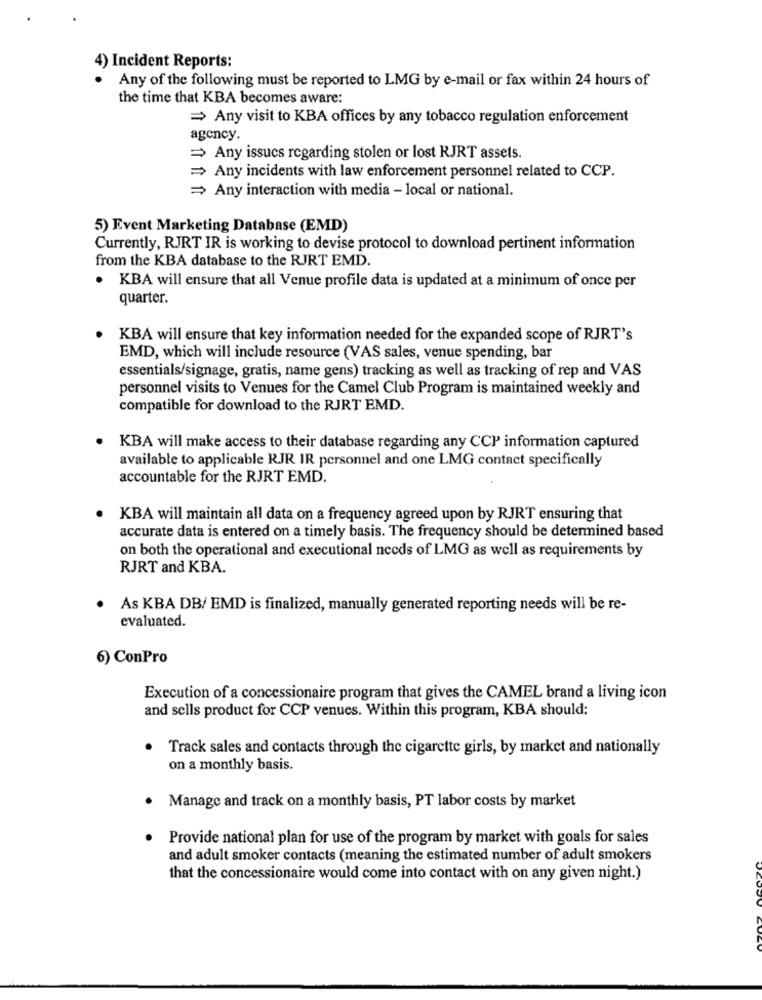
4) Incident Reports:
Any of the following must be reported to LMG by e-mail or fax within 24 hours of
the time that KBA becomes aware:
= Any visit to KBA offices by any tobacco regulation enforcement
agency.
= Any issues regarding stolen or lost RJRT assets.
= Any incidents with law enforcement personnel related to CCP.
= Any interaction with media - local or national.
5) Event Marketing Database (EMD)
Currently, RJRT IR is working to devise protocol to download pertinent information
from the KBA database to the RJRT EMD.
. KBA will ensure that all Venue profile data is updated at a minimum of once per
quarter.
KBA will ensure that key information needed for the expanded scope of RJRT's
EMD, which will include resource (VAS sales, venue spending, bar
essentials/signage, gratis, name gens) tracking as well as tracking of rep and VAS
personnel visits to Venues for the Camel Club Program is maintained weekly and
compatible for download to the RJRT EMD.
KBA will make access to their database regarding any CCP information captured
available to applicable RJR IR personnel and one LMG contact specifically
accountable for the RJRT EMD.
KBA will maintain all data on a frequency agreed upon by RJRT ensuring that
accurate data is entered on a timely basis. The frequency should be determined based
on both the operational and executional needs of LMG as well as requirements by
RJRT and KBA.
As KBA DB/ EMD is finalized, manually generated reporting needs will be re-
evaluated.
6) ConPro
Execution of a concessionaire program that gives the CAMEL brand a living icon
and sells product for CCP venues. Within this program, KBA should:
Track sales and contacts through the cigarette girls, by market and nationally
on a monthly basis.
Manage and track on a monthly basis, PT labor costs by market
Provide national plan for use of the program by market with goals for sales
and adult smoker contacts (meaning the estimated number of adult smokers
that the concessionaire would come into contact with on any given night.)